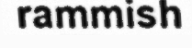
rammish